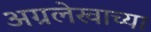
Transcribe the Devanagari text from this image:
अग्रलेखाच्या